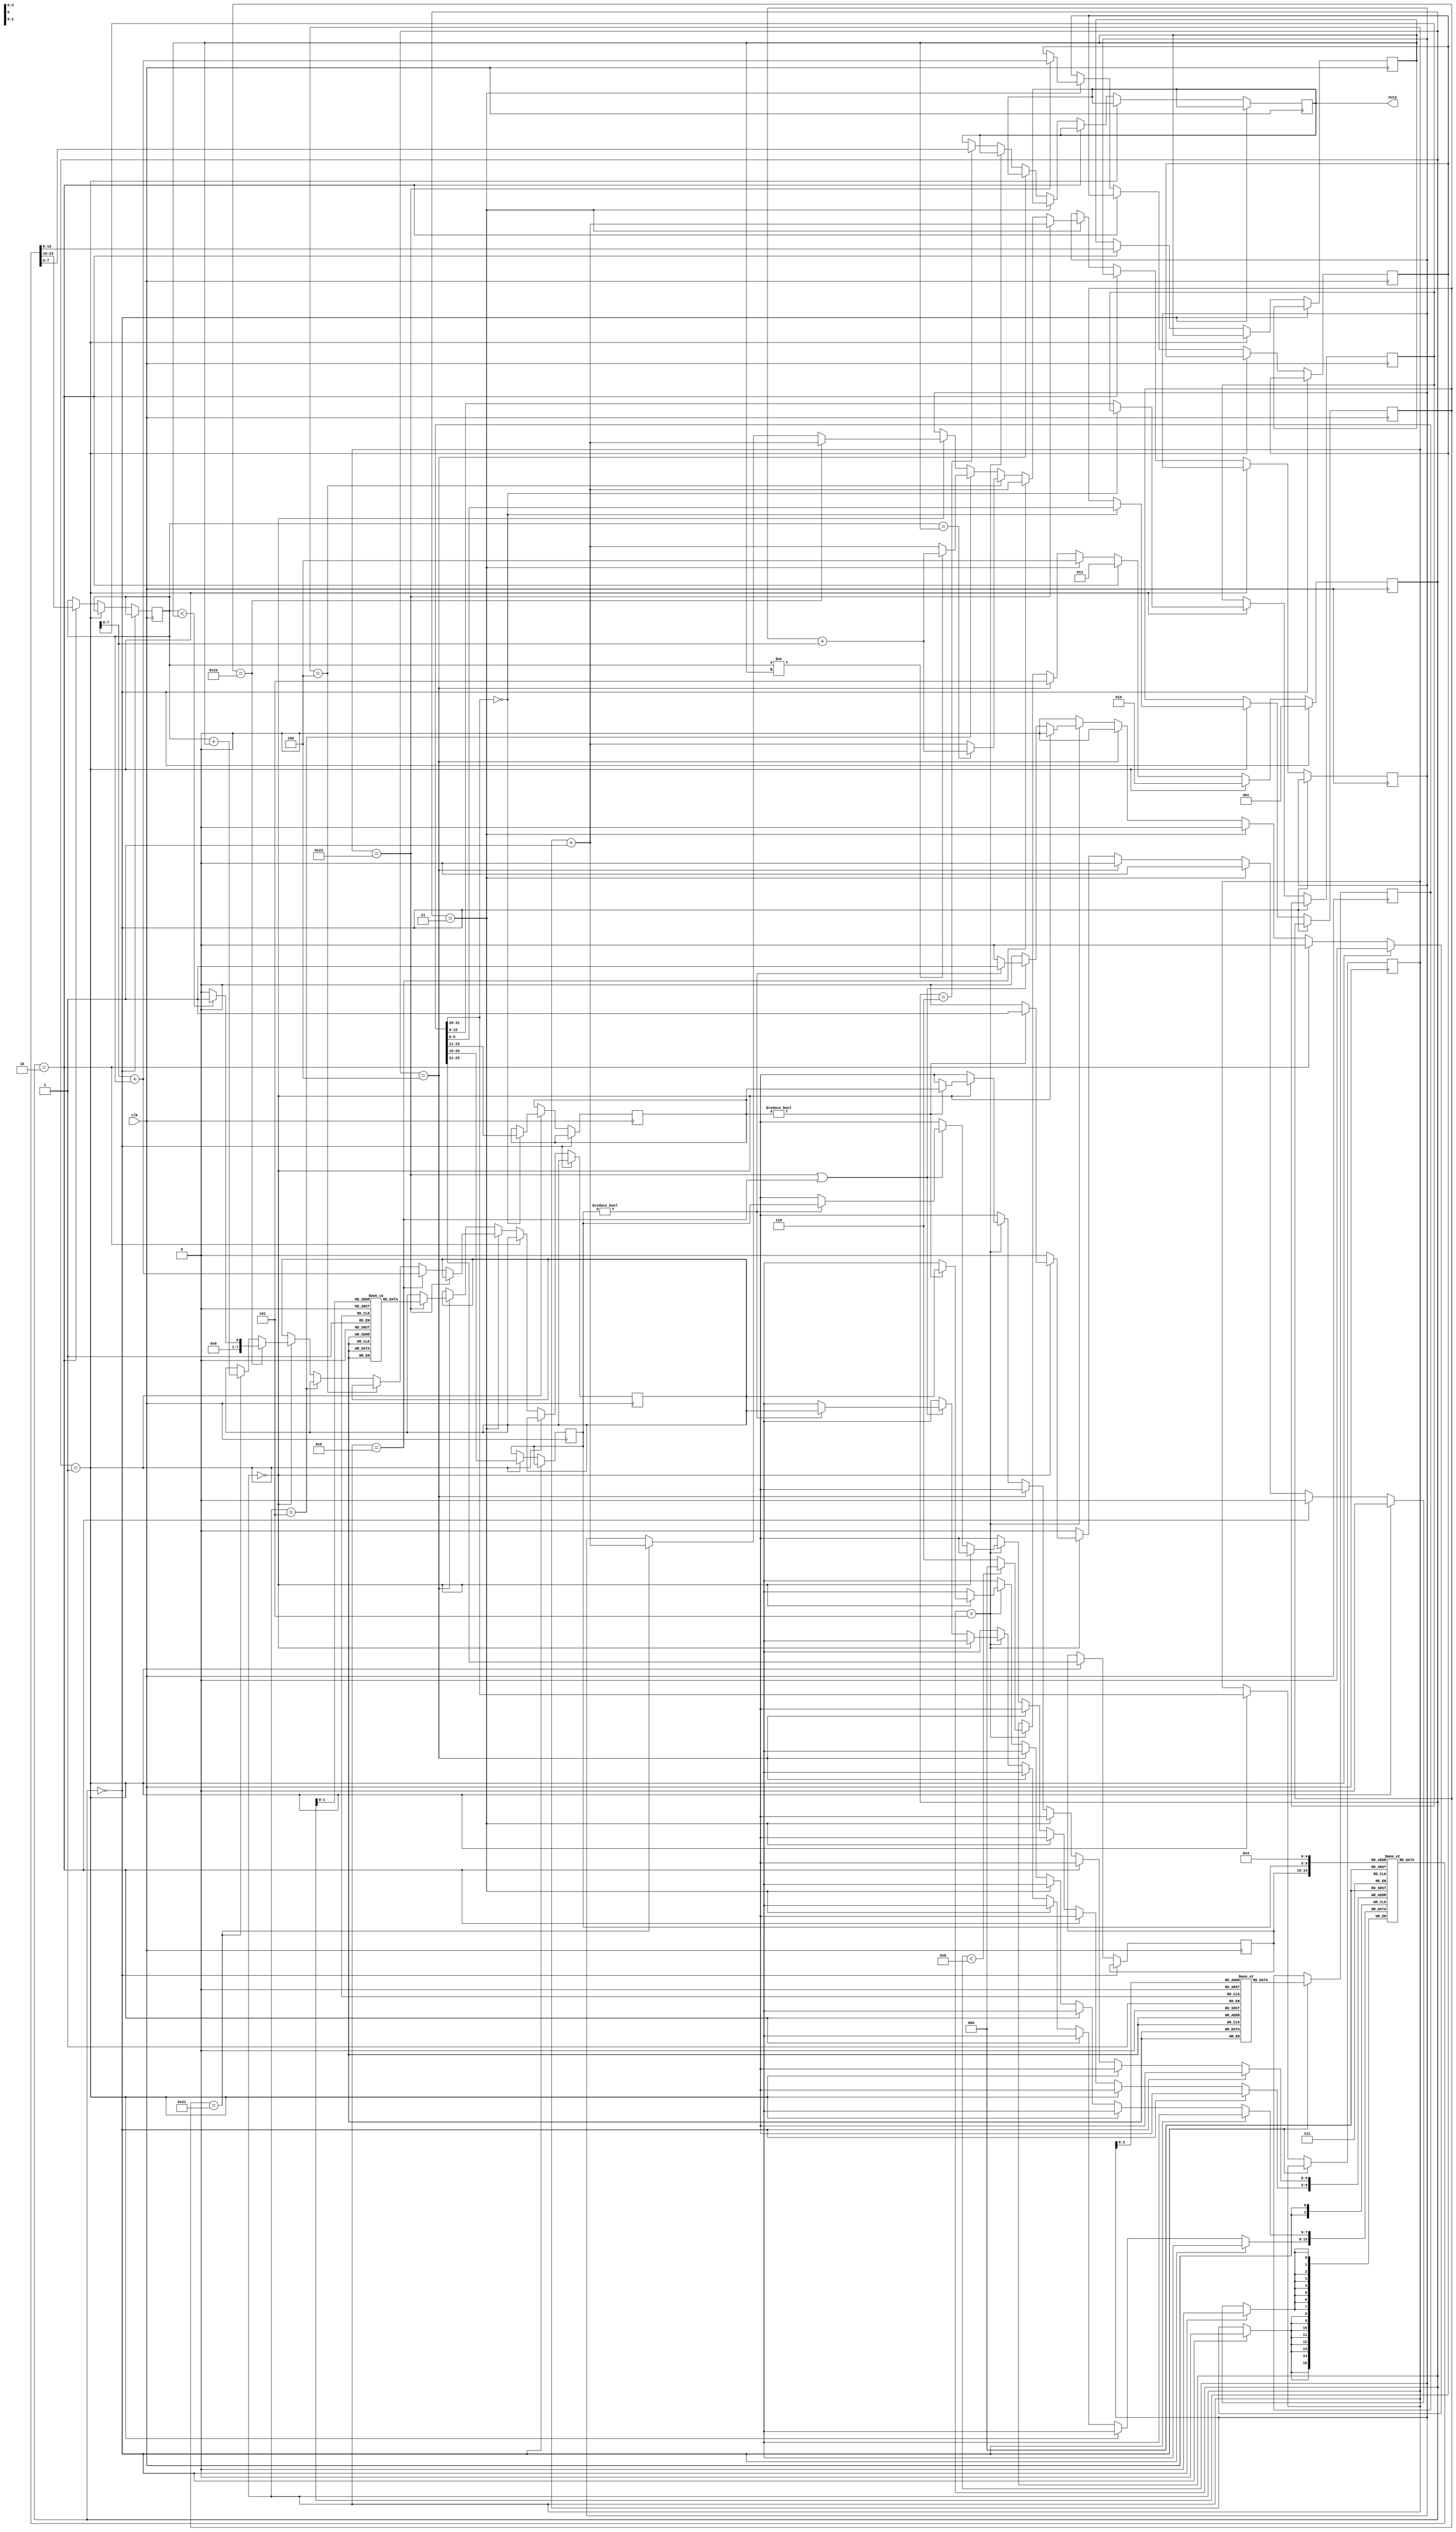
`define MAX_PC 11
`define OUTPUT_REG 4

module mips(clk, outp

);

    input clk;
    output [7:0]outp;
    reg [7:0] outp;
    reg [31:0]instructions[0:10];
    reg [7:0]data_memory[0:2];
    reg [7:0]register[0:31];
    reg [7:0]cnt;
    reg [2:0]state;
    reg [31:0]instr;
    reg [5:0]opcode;
    reg [4:0]rs;
    reg [4:0]rt;
    reg [4:0]rd;
    reg [4:0]sh_amt;
    reg [5:0]func;
    reg [15:0]immediate;
    reg [7:0]op1;
    reg [7:0]op2;
    reg [7:0]res;
    reg [7:0]address;


    initial begin
        instructions[0][31:26] = 6'b100011;
        instructions[0][25:21] = 0;
        instructions[0][20:16] = 5'b00001;
        instructions[0][15:0] = 0;
        
        instructions[1][31:26] = 6'b100011;
        instructions[1][25:21] = 0;
        instructions[1][20:16] = 5'b00010;
        instructions[1][15:0] = 16'b0000000000000001;

        instructions[2][31:26] = 6'b100011;
        instructions[2][25:21] = 0;
        instructions[2][20:16] = 5'b00011;
        instructions[2][15:0] = 16'b0000000000000010;

        instructions[3][31:26] = 6'b001001;
        instructions[3][25:21] = 0;
        instructions[3][20:16] = 5'b00100;
        instructions[3][15:0] = 0;

        instructions[4][31:26] = 6'b001001;
        instructions[4][25:21] = 5'b00001;
        instructions[4][20:16] = 5'b00101;
        instructions[4][15:0] = 0;

        instructions[5][31:26] = 0;
        instructions[5][25:21] = 5'b00101;
        instructions[5][20:16] = 5'b00010;
        instructions[5][15:11] = 5'b00110;
        instructions[5][10:6] = 0;
        instructions[5][5:0] = 6'b101010;

        instructions[6][31:26] = 6'b000100;
        instructions[6][25:21] = 0;
        instructions[6][20:16] = 5'b00110;
        instructions[6][15:0] = 16'b0000000000000101;

        instructions[7][31:26] = 0;
        instructions[7][25:21] = 5'b00100;
        instructions[7][20:16] = 5'b00101;
        instructions[7][15:11] = 5'b00100;
        instructions[7][10:6] = 0;
        instructions[7][5:0] = 6'b100001;

        instructions[8][31:26] = 0;
        instructions[8][25:21] = 5'b00101;
        instructions[8][20:16] = 5'b00011;
        instructions[8][15:11] = 5'b00101;
        instructions[8][10:6] = 0;
        instructions[8][5:0] = 6'b100001;

        instructions[9][31:26] = 0;
        instructions[9][25:21] = 5'b00101;
        instructions[9][20:16] = 5'b00010;
        instructions[9][15:11] = 5'b00110;
        instructions[9][10:6] = 0;
        instructions[9][5:0] = 6'b101010;

        instructions[10][31:26] = 6'b000101;
        instructions[10][25:21] = 0;
        instructions[10][20:16] = 5'b00110;
        instructions[10][15:0] = 16'b1111111111111101;

        data_memory[0] = 8'b11101100;
        data_memory[1] = 8'b00001010;
        data_memory[2] = 8'b00000010;

        register[0]=0;
        register[1]=0;
        register[2]=0;
        register[3]=0;
        register[4]=0;
        register[5]=0;
        register[6]=0;
        register[7]=0;
        register[8]=0;
        register[9]=0;
        register[10]=0;
        register[11]=0;
        register[12]=0;
        register[13]=0;
        register[14]=0;
        register[15]=0;
        register[16]=0;
        register[17]=0;
        register[18]=0;
        register[19]=0;
        register[20]=0;
        register[21]=0;
        register[22]=0;
        register[23]=0;
        register[24]=0;
        register[25]=0;
        register[26]=0;
        register[27]=0;
        register[28]=0;
        register[29]=0;
        register[30]=0;
        register[31]=0;

        cnt=0;
        state=0;
        instr=0;
        opcode=0;
        rs=0;
        rt=0;
        rd=0;
        sh_amt=0;
        func=0;
        immediate=0;
        op1=0;
        op2=0;
        res=0;
        address=0;
    end

    always @(posedge clk) begin
        if(state == 0) begin
            instr <= instructions[cnt];
            state <= 1;
        end

        else if(state == 1) begin
            opcode <= instr[31:26];
            rs <= instr[25:21];
            rt <= instr[20:16];
            if(instr[31:26] == 0) begin       
                rd <= instr[15:11];
                sh_amt <= instr[10:6];
                func <= instr[5:0];
            end
            else begin
                immediate <= instr[15:0];
            end
            state <= 2;
        end

        else if(state == 2) begin
            op1 <= register[rs];
            op2 <= register[rt];
            state <= 3;
        end

        else if(state == 3) begin
            if(opcode == 6'b100011) begin
                address <= immediate[7:0] + op1;
                cnt<=cnt+1;
            end
            else if(opcode == 6'b001001) begin
                res <= immediate[7:0] + op1;
                cnt<=cnt+1;
            end
            else if(opcode == 6'b000100) begin
                if(op1 == op2) begin
                    cnt <= cnt + immediate[7:0];
                end
                else begin
                    cnt <= cnt + 1;
                end
            end
            else if(opcode == 6'b000101) begin
                if(op1 != op2) begin
                    cnt <= cnt + immediate[7:0];
                end
                else begin
                    cnt <= cnt + 1;
                end
            end
            else if(opcode == 0) begin
                if(func == 6'b101010) begin
                    if($signed(op1) < $signed(op2)) begin
                        res <= 8'b00000001;
                    end
                    else begin
                        res <= 0;
                    end
                    cnt <= cnt + 1;
                end
                else if(func == 6'b100001) begin
                    res <= op1 + op2;
                    cnt <= cnt + 1;
                end
            end
            state <= 4;
        end

        else if(state == 4) begin
            if(opcode == 6'b100011) begin
                res <= data_memory[address];
            end
            state <= 5;
        end

        else if(state == 5) begin
            if(opcode == 0) begin
                if(rd != 0) begin
                    register[rd] <= res;
                end
            end
            else if(opcode == 6'b100011 || opcode == 6'b001001) begin
                if(rt != 0) begin
                    register[rt] <= res;
                end
            end
            if(cnt < `MAX_PC) begin
                state <= 0;
            end
            else begin 
                state <= 6;
            end
        end

        else if (state == 6) begin
            outp <= register[`OUTPUT_REG];
        end
    end

endmodule